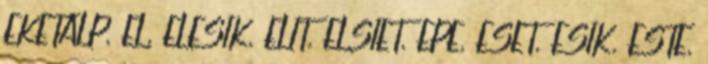
EKETALP, EL, ELESIK, ELIT, ELSIET, EPE, ESET, ESIK, ESTE,